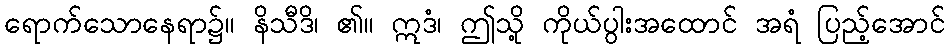
ရောက်သောနေရာ၌။ နိသီဒိ၊ ၏။ ဣဒံ၊ ဤသို့ ကိုယ်ပွါးအထောင် အရံ ပြည့်အောင်